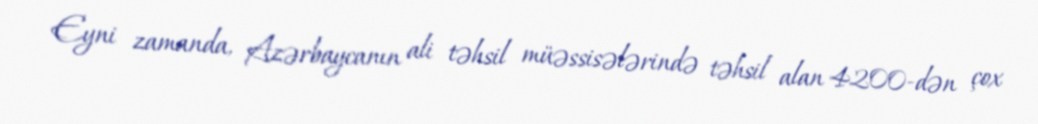
Eyni zamanda, Azərbaycanın ali təhsil müəssisələrində təhsil alan 4200-dən çox